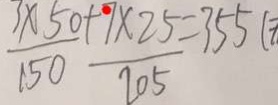
\frac { 3 \times 5 0 } { 1 5 0 } + \frac { 9 \times 2 5 } { 2 0 5 } = 3 5 5 (